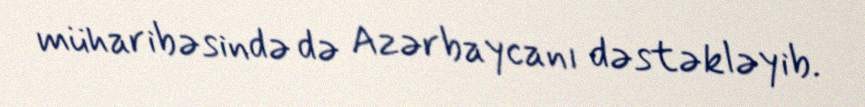
müharibəsində də Azərbaycanı dəstəkləyib.